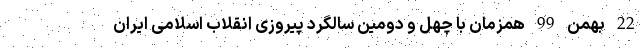
22 بهمن 99 همزمان با چهل و دومین سالگرد پیروزی انقلاب اسلامی ایران